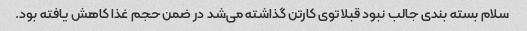
سلام بسته بندی جالب نبود قبلا توی کارتن گذاشته می‌شد در ضمن حجم غذا کاهش یافته بود.